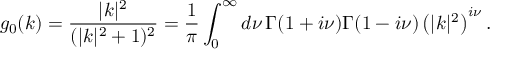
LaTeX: g _ { 0 } ( k ) = \frac { | k | ^ { 2 } } { ( | k | ^ { 2 } + 1 ) ^ { 2 } } = \frac { 1 } { \pi } \int _ { 0 } ^ { \infty } d \nu \, \Gamma ( 1 + i \nu ) \Gamma ( 1 - i \nu ) \left( | k | ^ { 2 } \right) ^ { i \nu } .